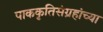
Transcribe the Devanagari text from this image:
पाककृतिसंग्रहांच्या